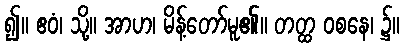
၍။ ဧဝံ၊ သို့။ အာဟ၊ မိန့်တော်မူ၏။ တတ္ထ ဝစနေ၊ ၌။